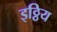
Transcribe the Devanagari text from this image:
इठ्ठिय